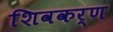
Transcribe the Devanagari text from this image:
शिवकर्ण